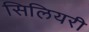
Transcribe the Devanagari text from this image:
सिलियरी